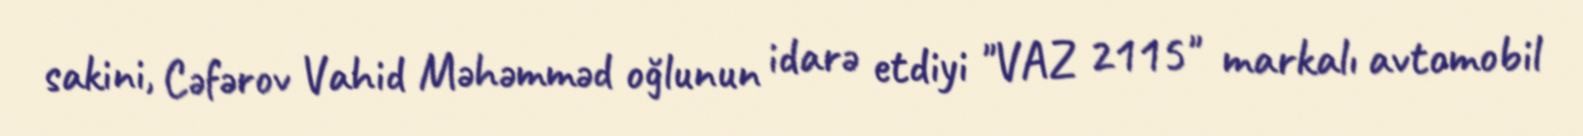
sakini, Cəfərov Vahid Məhəmməd oğlunun idarə etdiyi "VAZ 2115" markalı avtomobil